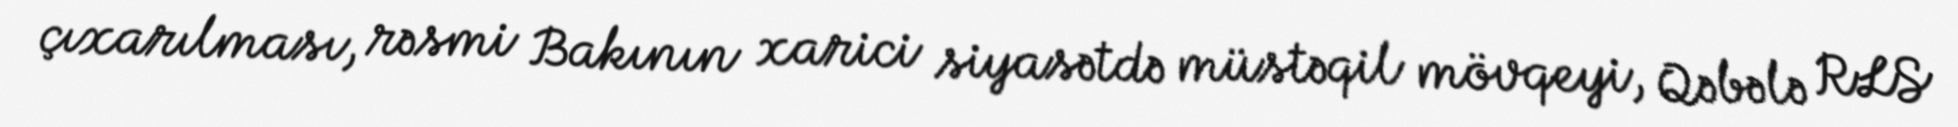
çıxarılması, rəsmi Bakının xarici siyasətdə müstəqil mövqeyi, Qəbələ RLS